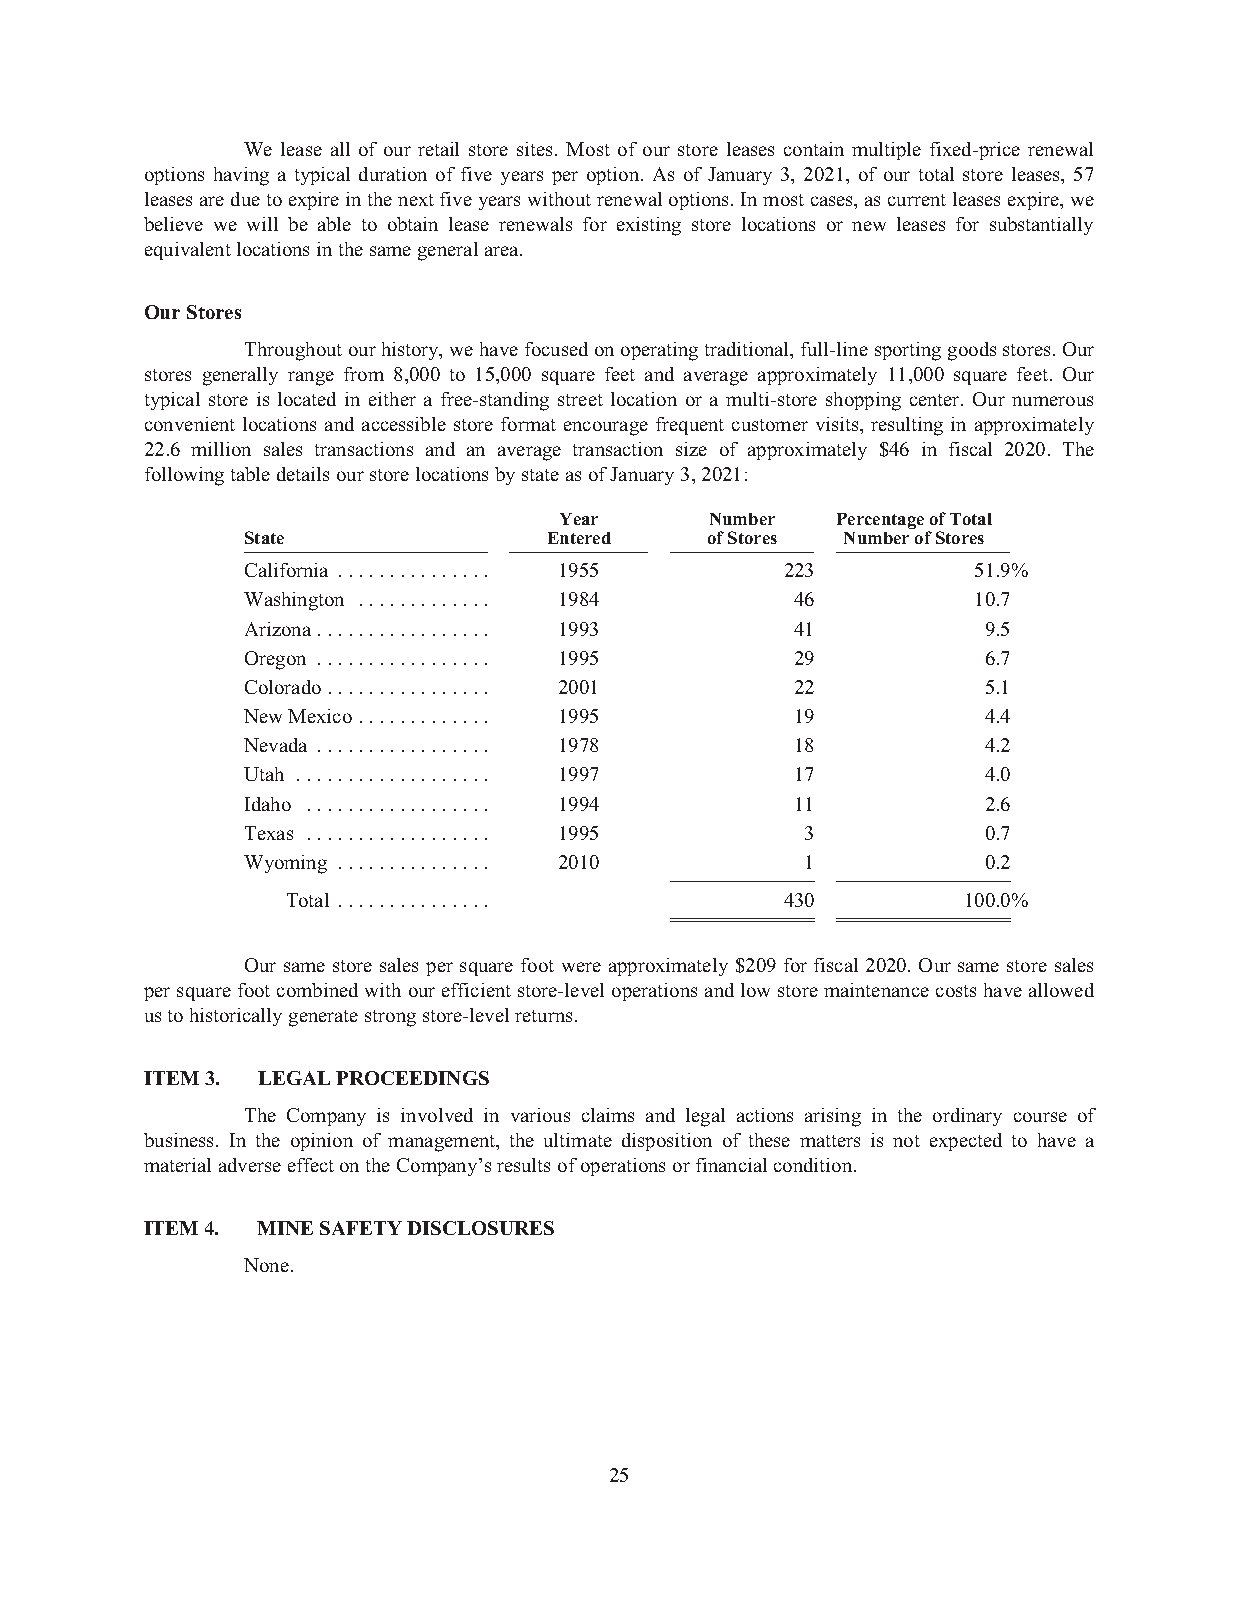
We lease all of our retail store sites. Most of our store leases contain multiple fixed-price renewal
 options having a typical duration of five years per option. As of January 3, 2021, of our total store leases, 57
 leasesareduetoexpireinthenextfiveyearswithoutrenewaloptions.Inmostcases,ascurrentleasesexpire,we
 believe we will be able to obtain lease renewals for existing store locations or new leases for substantially
 equivalentlocationsinthesamegeneralarea.
 OurStores
 Throughoutourhistory,wehavefocusedonoperatingtraditional,full-linesportinggoodsstores.Our
 stores generally range from 8,000 to 15,000 square feet and average approximately 11,000 square feet. Our
 typical store is located in either a free-standing street location or a multi-store shopping center. Our numerous
 convenient locations and accessible store format encourage frequent customer visits, resulting in approximately
 22.6 million sales transactions and an average transaction size of approximately $46 in fiscal 2020. The
 followingtabledetailsourstorelocationsbystateasofJanuary3,2021:
 Year      Number  PercentageofTotal
 State               Entered    ofStores NumberofStores
 California ............... 1955     223         51.9%
 Washington ............. 1984        46         10.7
 Arizona................. 1993        41          9.5
 Oregon ................. 1995        29          6.7
 Colorado................ 2001        22          5.1
 NewMexico............. 1995          19          4.4
 Nevada ................. 1978        18          4.2
 Utah ................... 1997        17          4.0
 Idaho .................. 1994        11          2.6
 Texas .................. 1995        3           0.7
 Wyoming ............... 2010         1           0.2
 Total ...............            430         100.0%
 Our same store sales per square foot were approximately $209 for fiscal 2020. Our same store sales
 persquarefootcombinedwithourefficientstore-leveloperationsandlowstoremaintenancecostshaveallowed
 ustohistoricallygeneratestrongstore-levelreturns.
 ITEM3. LEGALPROCEEDINGS
 The Company is involved in various claims and legal actions arising in the ordinary course of
 business. In the opinion of management, the ultimate disposition of these matters is not expected to have a
 materialadverseeffectontheCompany’sresultsofoperationsorfinancialcondition.
 ITEM4. MINESAFETYDISCLOSURES
 None.
 25